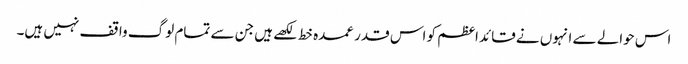
اس حوالے سے انہوں نے قائداعظم کو اس قدر عمدہ خط لکھے ہیں جن سے تمام لوگ واقف نہیں ہیں۔